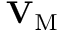
{ \bf { V } } _ { \mathrm { { M } } }